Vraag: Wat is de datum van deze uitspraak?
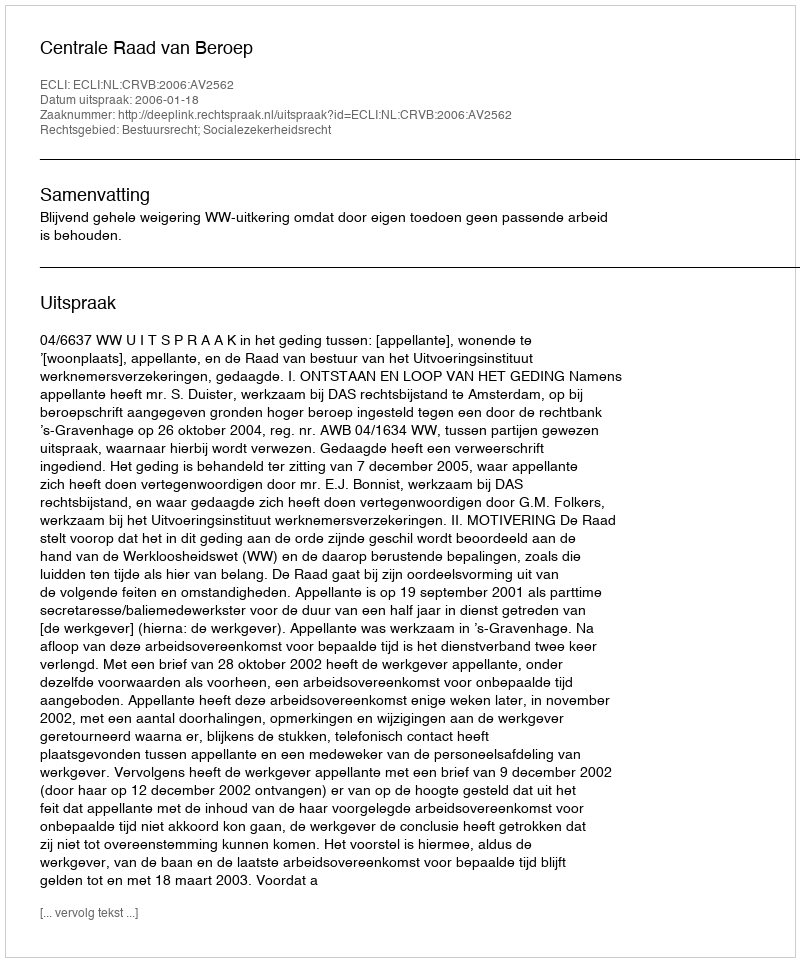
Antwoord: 2006-01-18